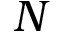
N